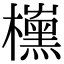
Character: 𣝙